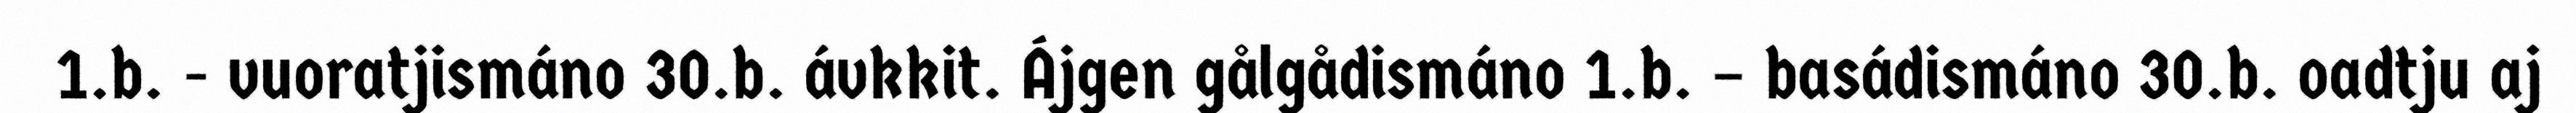
1.b. - vuoratjismáno 30.b. ávkkit. Ájgen gålgådismáno 1.b. – basádismáno 30.b. oadtju aj